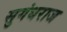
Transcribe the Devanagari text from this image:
सुगंधराज